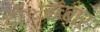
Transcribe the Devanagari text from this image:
डॉ॰जब्बार